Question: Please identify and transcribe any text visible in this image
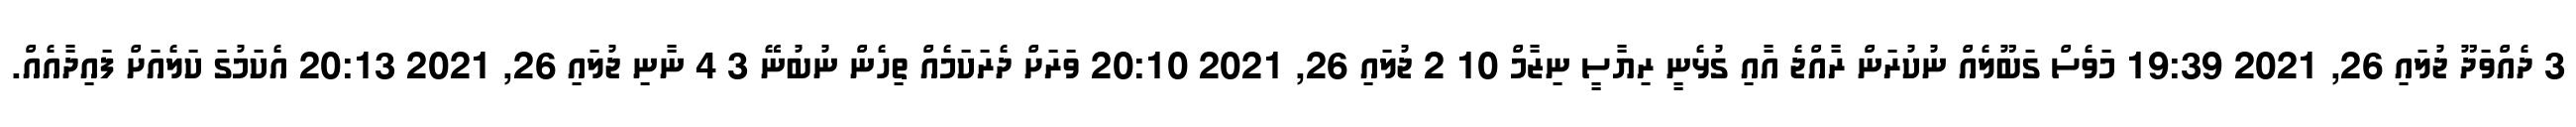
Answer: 3 ދެއްވަދޫ ޖުލައި 26, 2021 19:39 މަވެސް ގަބޫލެއް ނުކުރަން ރާއްޖެ އާއި ގުޅެނީ ރިޔާސީ ނިޒާމް 10 2 ޖުލައި 26, 2021 20:10 ވަރަށް ދެރަކަމެއް ތިހެން ނުބުނޭ 3 4 ނާނި ޖުލައި 26, 2021 20:13 އެކަމުގަ ކަލެއަށް ފައިދާއެއް.